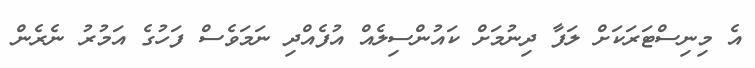
އެ މިނިސްޓަރަކަށް ލަފާ ދިނުމަށް ކައުންސިލެއް އުފެއްދި ނަމަވެސް ފަހުގެ އަމުރު ނެރެން